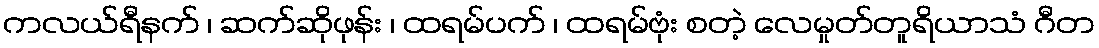
ကလယ်ရီနက် ၊ ဆက်ဆိုဖုန်း ၊ ထရမ်ပက် ၊ ထရမ်ဗုံး စတဲ့ လေမှုတ်တူရိယာသံ ဂီတ